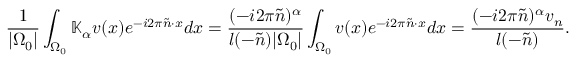
\frac { 1 } { | { \Omega _ { 0 } } | } \int _ { { \Omega _ { 0 } } } \mathbb { K } _ { \alpha } v ( x ) e ^ { - i 2 \pi \tilde { n } \cdot x } d x = \frac { ( - i 2 \pi \tilde { n } ) ^ { \alpha } } { { l ( - \tilde { n } ) } | { \Omega _ { 0 } } | } \int _ { { \Omega _ { 0 } } } v ( x ) e ^ { - i 2 \pi \tilde { n } \cdot x } d x = \frac { ( - i 2 \pi \tilde { n } ) ^ { \alpha } v _ { n } } { { l ( - \tilde { n } ) } } .